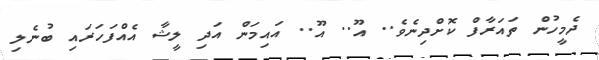
ދެމީހުން ތައަރާފް ކޮށްދިނެވެ.. އޫ.. އޫ.. އައިމަން އަދި ލީޝާ އެއްފަހަރައި ބުނެލި